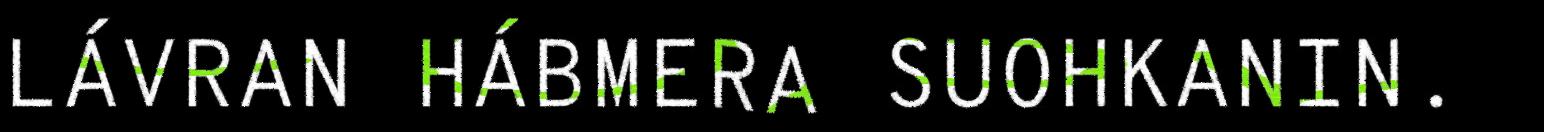
LÁVRAN HÁBMERA SUOHKANIN.